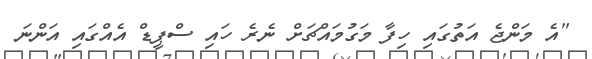
"އެ މަންޖެ އަތުގައި ހިފާ މަގުމައްޗަށް ނެރެ ހައި ސްޕީޑް އެއްގައި އަންނަ